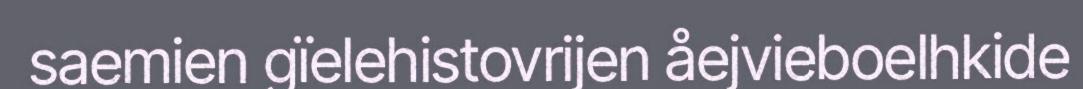
saemien gïelehistovrijen åejvieboelhkide